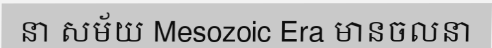
នា សម័យ Mesozoic Era មានចលនា